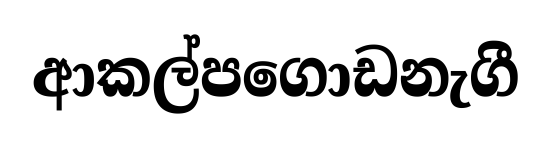
ආකල්පගොඩනැගී